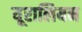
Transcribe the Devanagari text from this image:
यूरालियन